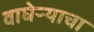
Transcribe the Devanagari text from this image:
वाघेऱ्याचा